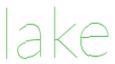
lake